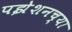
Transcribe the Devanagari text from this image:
पझेशनच्या